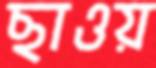
ছাওয়